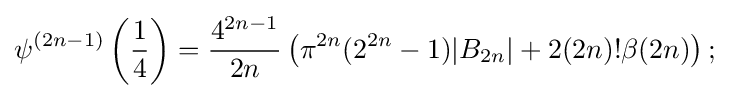
\psi ^{(2n-1)}\left({\frac {1}{4}}\right)={\frac {4^{2n-1}}{2n}}\left(\pi ^{2n}(2^{2n}-1)|B_{2n}|+2(2n)!\beta (2n)\right);